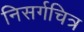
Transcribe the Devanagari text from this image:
निसर्गचित्र